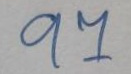
97